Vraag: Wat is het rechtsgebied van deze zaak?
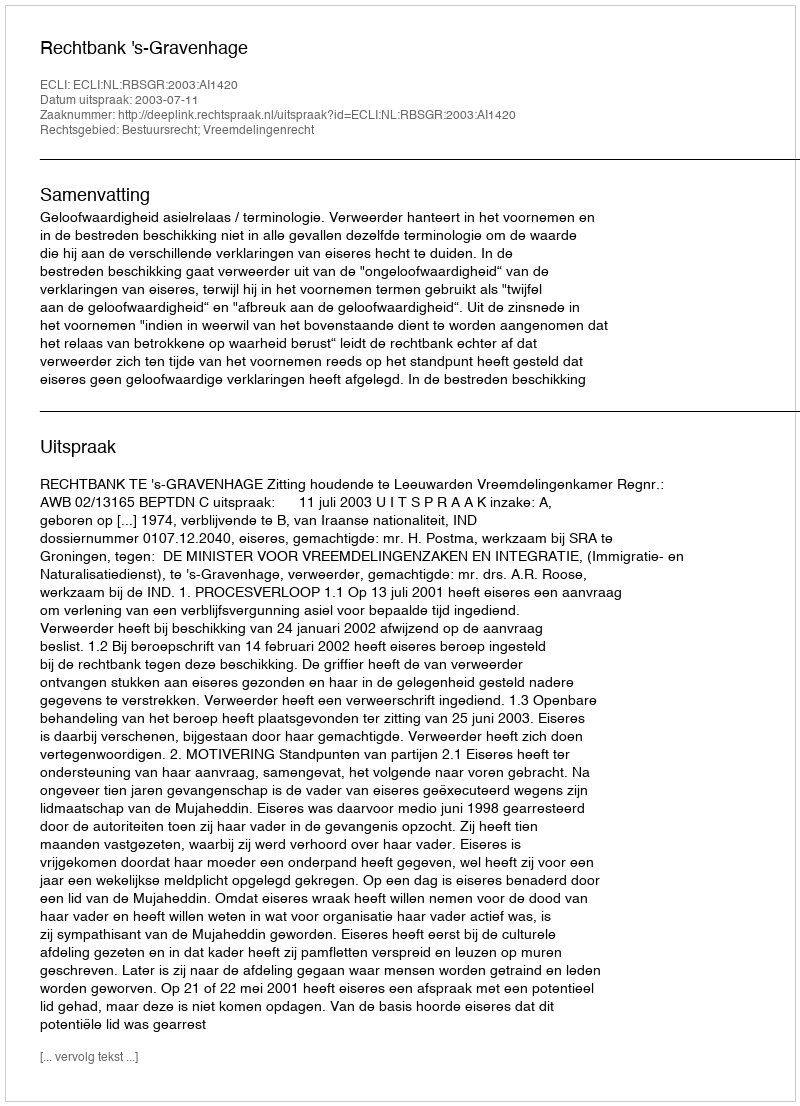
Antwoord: Bestuursrecht; Vreemdelingenrecht